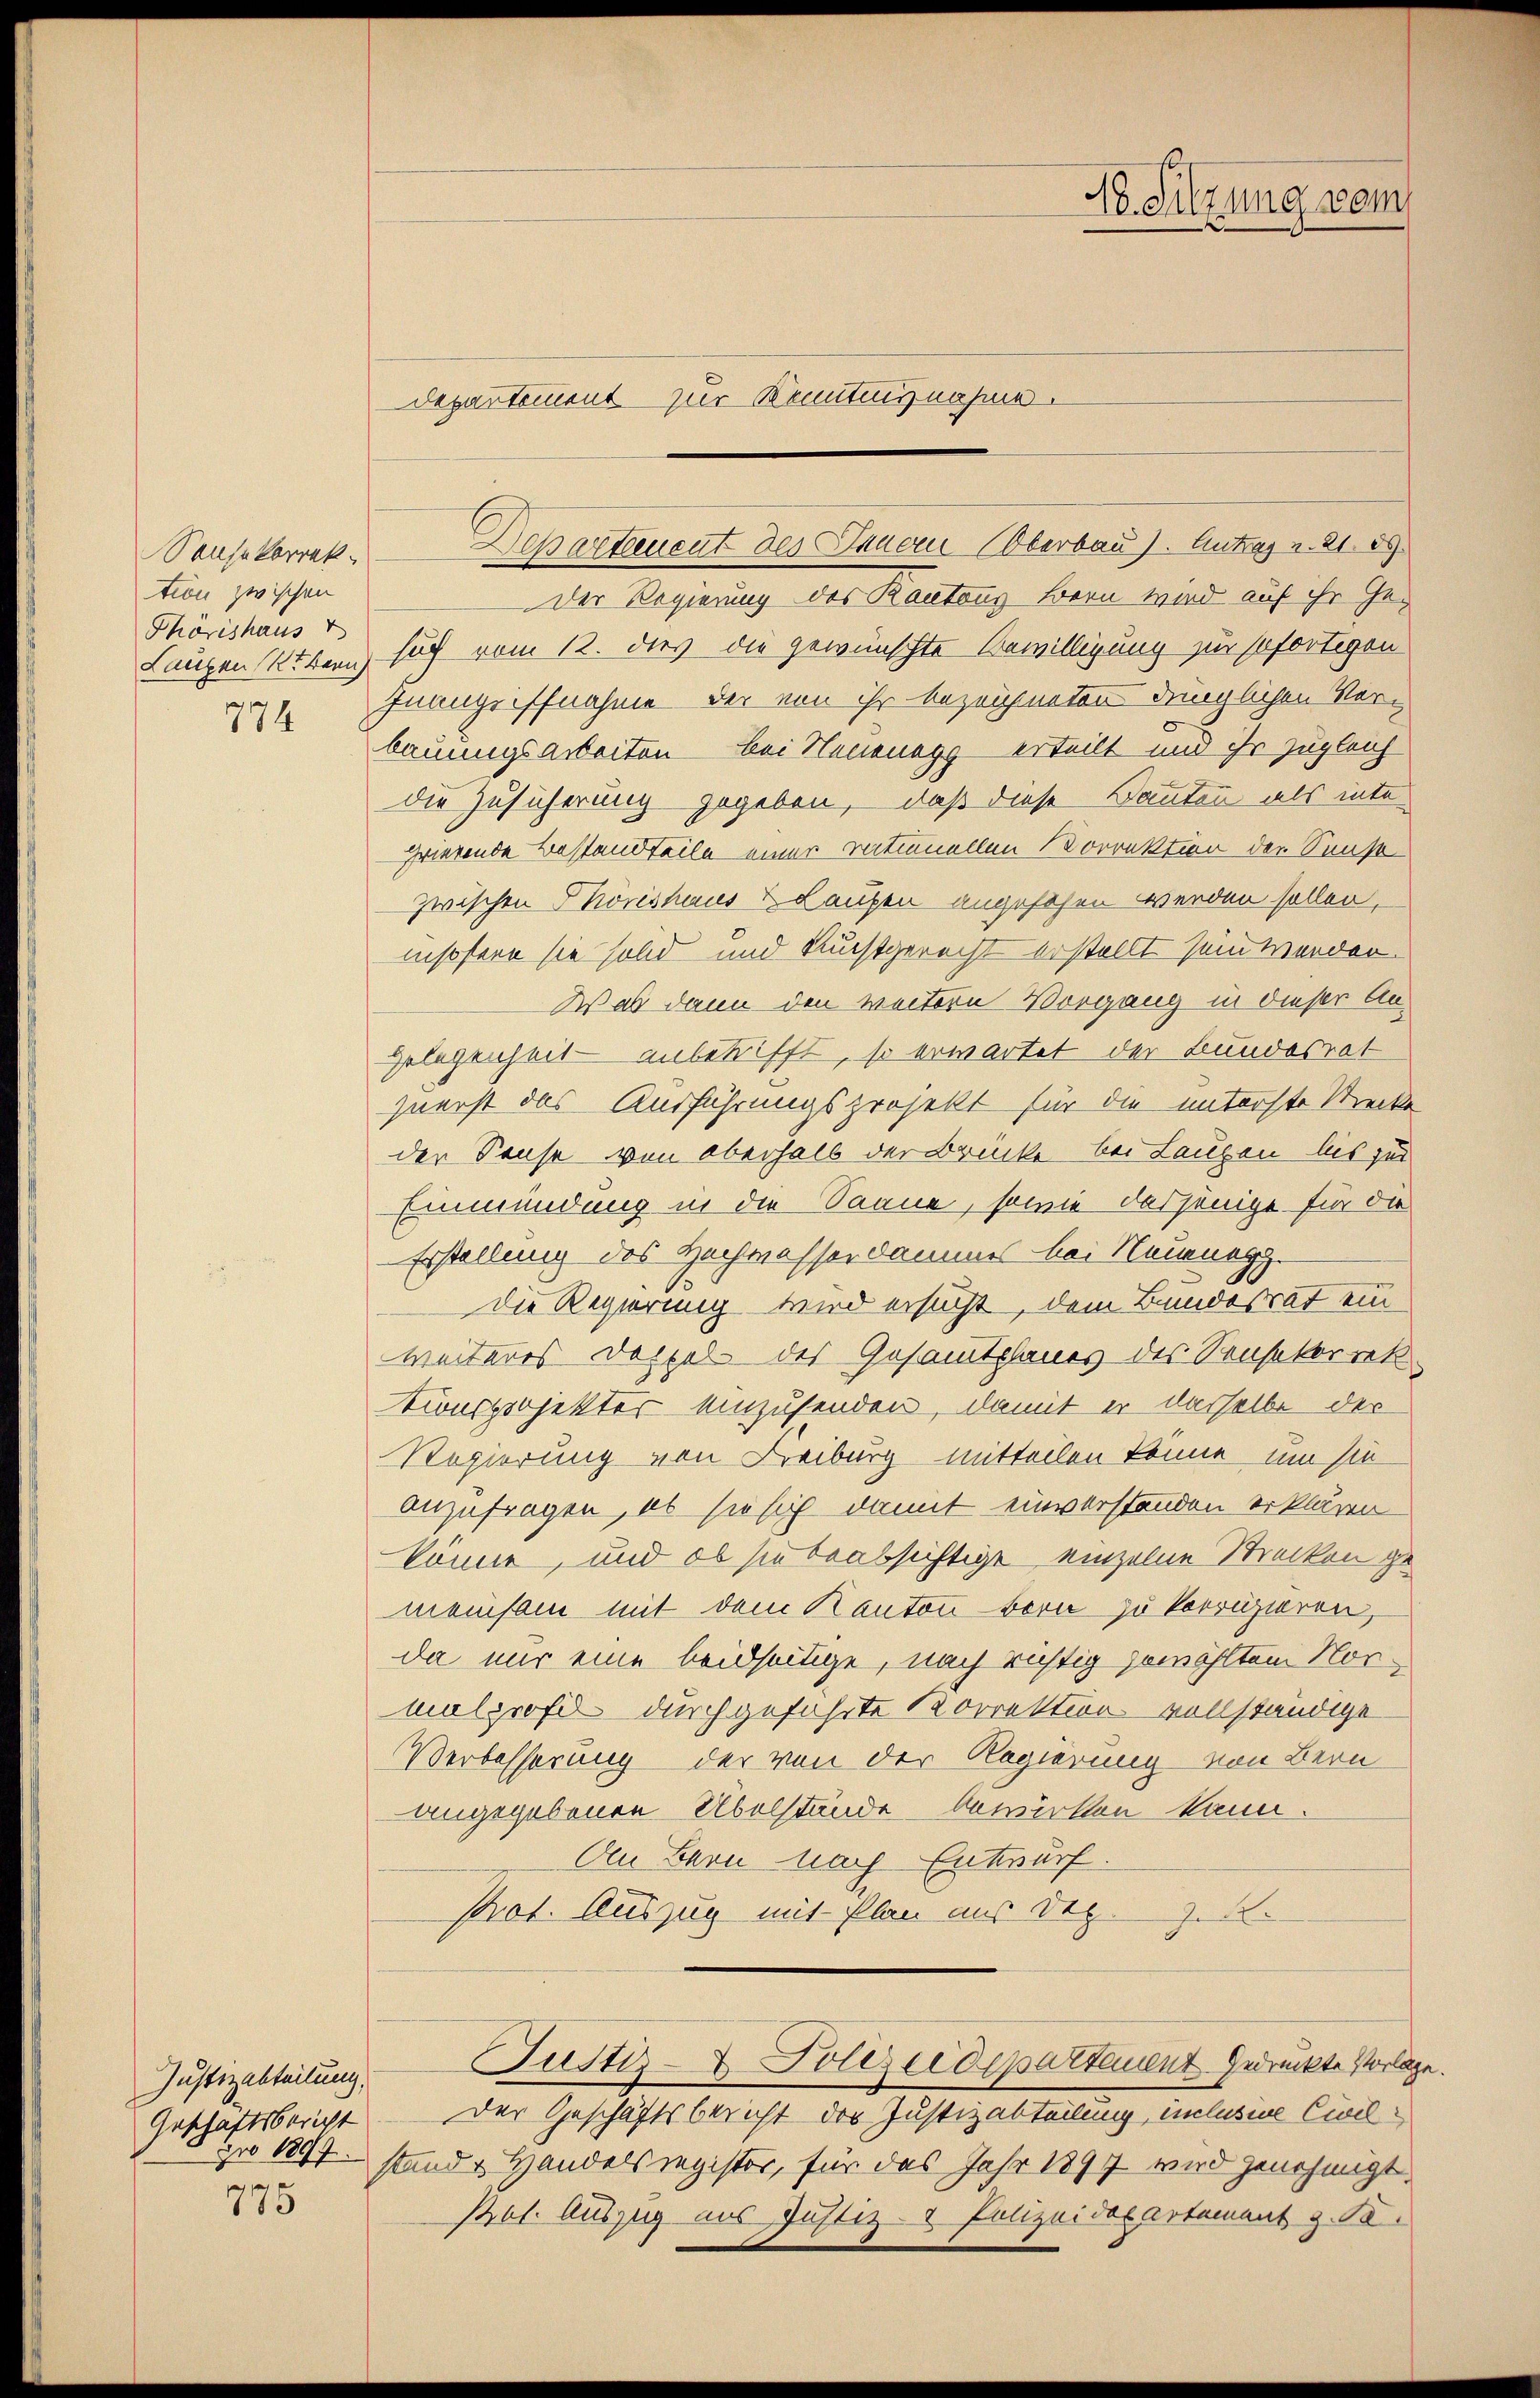
Sause korrek
tion zwischen
Thörishaus v
774

Justizabteilung,
Geschäftsbericht

775

Der Regierung des Kantons Bern wird auf ihr Ge¬
Lanzen Uebern sich vom 12. dies die gewünschte Bewilligung zur sofortigen
Inangriffnahme der von ihr bezeichneten dringlichen Verbauungsarbeiten bei Neuenegg erteilt und ihr zugleich
die Zusicherung gegeben, daß diese Kauten als inte
grierende Bestandteile einer ventuellen Korrektion der Sunst
zwischen Phönishaus & Laupen angesehen werden sollen.
insofern sie solid und Kunstgerecht erstellt sein werden.
Was dann den weitern Vorgang in dieser An¬
Gelegenheit anbetrifft, so erwartet der Bundesrat
zuerst das Ausführungsprojekt für die unterste Secke
der Sause von Oberhalb der Brücke bei Laupen bis zu
Einmündung in die Saane, sowie dasjenige für die
Erstellung des Hochwasserdammes bei Neuenegg
die Regierung wird ersucht, dem Bundesrat ein
weiteres Doppel des Gesamtplanes des Sensakorrek
tionsprojekter einzusenden, damit er dasselbe der
Regierung von Freiburg mitteilen könne, um sie
anzufragen, ob sie sich damit einverstanden erklären
könne, und ob sie beabsichtige einzelne Strecken gemanisam mit dem Kanton bern zu korrizieren,
da nur eine beidseitige, nach richtig gewählten Normalgroß durchgeführte Korrektion vollständige
Verbesserung der von der Regierung von Bern
angegebenen Übelstände bewirken kann.
An Bern nach Entwurf.
Prot. Auszug mit Plan aus Dep
J.F.

H. Sitzung vom
Departement zur Kenntung nahme.

Departenuent des Innern Oberbau). Antrag v. 21. ds

Justiz- & Polizeidepartauent gedrückte Vorlage.

Der Geschäftsbericht des Justizabteilung, inclusine Civilzu 1897. stand & Handelsregister, für das Jahr 1897 wird genehmigt,
Pot. Auszug aus Justiz- & Polizeidepartement z. B.